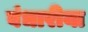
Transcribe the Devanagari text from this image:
बंधारीया